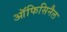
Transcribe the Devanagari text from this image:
ऑफिसिनैल